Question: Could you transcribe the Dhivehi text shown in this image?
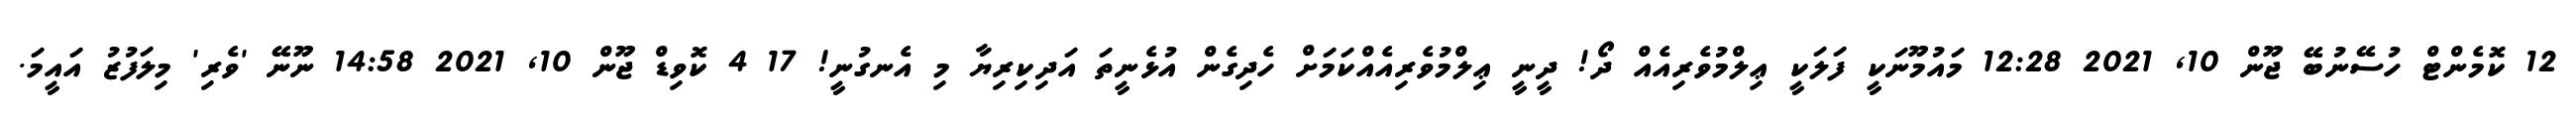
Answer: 12 ކޮމެންޓް ހުސޭނުބޭ ޖޫން 10, 2021 12:28 މައުމޫނަކީ ފަލަކީ ޢިލްމުވެރިއެއް ދޯ! ދީނީ ޢިލްމުވެރިއެއްކަމަށް ހެދިގެން އުޅެނީތަ އަދިކިރިޔާ މި އެނގުނީ! 17 4 ކޮވިޑް ޖޫން 10, 2021 14:58 ނޫނޭ 'ވެރި' މިލަފުޒު އައީމަ.